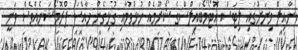
ނާއިލް މިރަށުގައި ލިޓަސް އޮޓޯމޯބައިލްސްގެ ޝޯރޫމެއް ހުޅުވުމާއި ގުޅިގެން ޚާއްސަ ޕްރޮމޯޝަނެއްވެސް ވަނީ